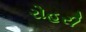
રોહરી